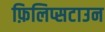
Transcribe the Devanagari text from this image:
फ़िलिप्सटाउन